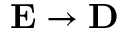
{ \bf E } \rightarrow { \bf D }